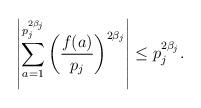
LaTeX: \begin{align*}\left|\sum_{a=1}^{p_j^{2\beta_j}}\left(\frac{f(a)}{p_j}\right)^{2\beta_j}\right|\leq p_j^{2\beta_j}.\end{align*}